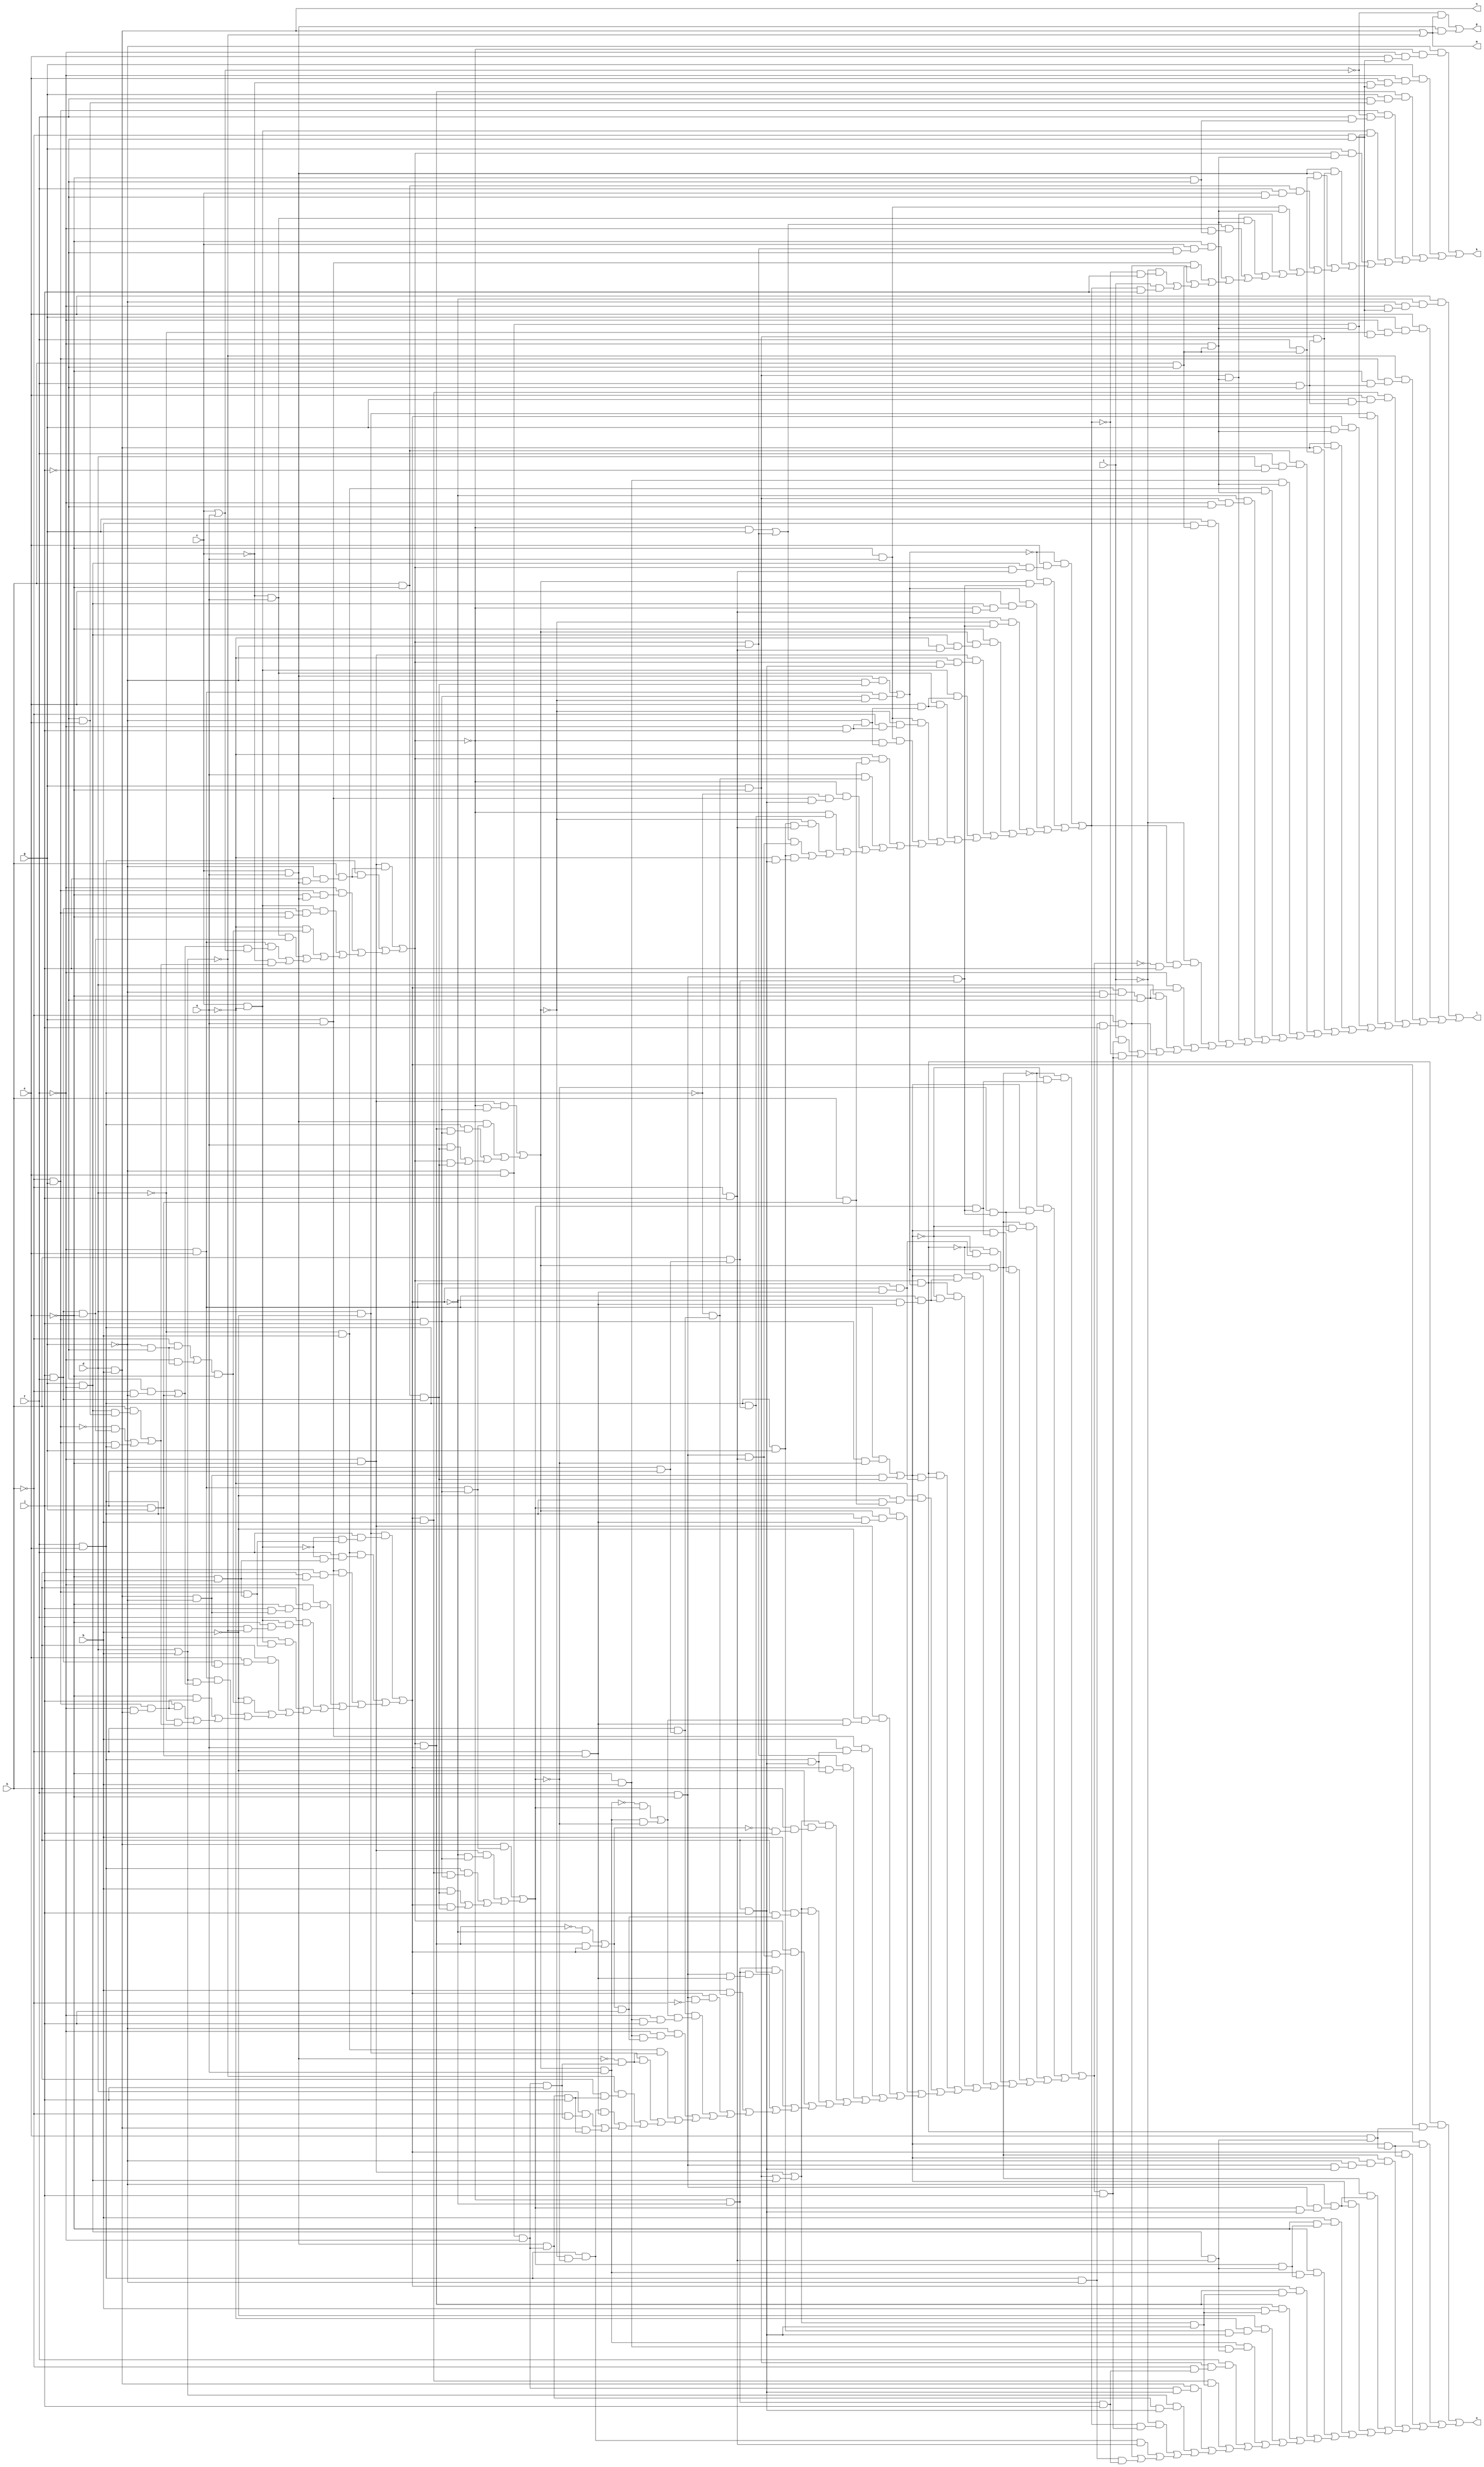
// IWLS benchmark module "alu4_cl" printed on Wed May 29 16:25:59 2002
module alu4_cl(a, b, c, d, e, f, g, h, i, j, k, l, m, n, o, p);
input
  a,
  b,
  c,
  d,
  e,
  f,
  g,
  h,
  i,
  j;
output
  k,
  l,
  m,
  n,
  o,
  p;
wire
  g0,
  g1,
  h0,
  h1,
  i0,
  i1,
  j0,
  j1,
  k0,
  k1,
  l0,
  l1,
  m0,
  m1,
  n0,
  n1,
  o0,
  o1,
  p0,
  p1,
  \[0] ,
  q0,
  q1,
  \[1] ,
  r0,
  r1,
  \[2] ,
  s0,
  s1,
  \[3] ,
  t0,
  t1,
  \[4] ,
  u0,
  u1,
  \[5] ,
  v0,
  v1,
  w0,
  w1,
  x0,
  x1,
  y0,
  y1,
  z0,
  z1,
  a1,
  a2,
  b1,
  b2,
  c0,
  c1,
  c2,
  d0,
  d1,
  e0,
  e1,
  f0,
  f1;
assign
  g0 = g & ~f,
  g1 = (~l0 & k0) | (l0 & ~k0),
  h0 = g & ~e,
  h1 = f & e,
  i0 = h1 & (~k1 & ~k0),
  i1 = ~f & ~e,
  j0 = ~e & b,
  j1 = ~f & e,
  k0 = (\[3]  & (j1 & w1)) | ((i1 & (~w0 & w1)) | ((h1 & (u0 & w1)) | ((b & u1) | (w0 & u1)))),
  k1 = (i1 & (~l1 & w1)) | ((f1 & (j1 & w1)) | ((h1 & (v0 & w1)) | ((a & u1) | (l1 & u1)))),
  l0 = k1 & a,
  l1 = (i1 & (h & (~g & (j & f1)))) | ((h1 & (h & (~g & (j & f1)))) | ((~f & (c1 & (~e & f1))) | ((p1 & (a2 & (c1 & ~e))) | ((~a & (b2 & ~e)) | ((q1 & (a2 & ~e)) | ((j1 & (y1 & s1)) | (~c & z1))))))),
  k = \[0] ,
  l = \[1] ,
  m0 = f1 & r0,
  m = \[2] ,
  m1 = l1 & ~g,
  n = \[3] ,
  o = \[4] ,
  p = \[5] ,
  n0 = f & ~e,
  n1 = g & a,
  o0 = i1 | (h0 | g0),
  o1 = (~l1 & g) | m1,
  p0 = d | b,
  p1 = c & ~a,
  \[0]  = (~g & (~l1 & (~f & (e & (~h & ~j))))) | ((g & (~f & (e & (~c & (~h & ~j))))) | ((v0 & (g & (f & (e & ~j)))) | ((c1 & (~s1 & (f & (~e & ~j)))) | ((p1 & (z0 & (~f & (h & ~j)))) | ((g & (l1 & (~f & (h & ~j)))) | ((f1 & (h0 & (f & ~j))) | ((f1 & (f & (h & ~j))) | ((d1 & (f & (c & ~j))) | ((r1 & (~f & (h & ~j))) | ((h0 & (~f & (h & ~j))) | ((q1 & (~f & (h & ~j))) | ((o1 & (~f & (~e & ~j))) | ((~e & (c & (m1 & ~j))) | ((n1 & (h & ~j)) | ((~h & (d0 & j)) | ((~i & (~f0 & j)) | (i & (f0 & j)))))))))))))))))),
  q0 = h1 & g,
  q1 = ~c & a,
  \[1]  = (e & (~w0 & (~g & (~f & (~h & ~j))))) | ((e & (g & (~f & (~d & (~h & ~j))))) | ((~p0 & (c1 & (~e & (f & ~j)))) | ((u0 & (e & (g & (f & ~j)))) | ((b1 & (z0 & (~f & (h & ~j)))) | ((w0 & (g & (~f & (h & ~j)))) | ((\[3]  & (h0 & (f & ~j))) | ((\[3]  & (f & (h & ~j))) | ((d1 & (f & (d & ~j))) | ((j0 & (~f & (h & ~j))) | ((a1 & (~f & (h & ~j))) | ((~w0 & (h0 & (~f & ~j))) | ((h0 & (~f & (h & ~j))) | ((g & (b & (h & ~j))) | ((~i & (f0 & (~e0 & j))) | ((~f & (y0 & ~j)) | ((d & (y0 & ~j)) | ((~h & (d0 & j)) | ((i & (e0 & j)) | (~f0 & (e0 & j)))))))))))))))))))),
  r0 = z0 & ~f,
  r1 = ~e & a,
  \[2]  = \[3]  | ~p0,
  s0 = (j1 & (w1 & ~k0)) | (v1 & u1),
  s1 = c | a,
  \[3]  = d & b,
  t0 = k1 & t1,
  t1 = (f1 & (~g & u1)) | (j1 & (w1 & ~k1)),
  \[4]  = (x0 & (w0 & (e & (g0 & (~h & j))))) | ((x0 & (s0 & (e & (g0 & (~h & j))))) | ((w0 & (s0 & (e & (g0 & (~h & j))))) | ((t0 & (s0 & (~g & (n0 & (h & j))))) | ((t0 & (~g & (n0 & (k0 & (h & j))))) | ((s0 & (~g & (n0 & (k0 & (h & j))))) | ((b & (~e & (k0 & (g0 & (~h & j))))) | ((~e & (l0 & (k0 & (g0 & (~h & j))))) | ((w0 & (v0 & (o0 & (h & j)))) | ((v0 & (b & (o0 & (h & j)))) | ((~b & (~a & (q0 & (h & j)))) | ((l0 & (j0 & (g0 & (~h & j)))) | ((f & (h0 & (~h & (c0 & j)))) | ((u0 & (o0 & (h & j))) | ((\[3]  & (r0 & (h & j))) | ((p0 & (m0 & (h & j))) | ((~i & (f0 & (e0 & j))) | ((i0 & (~h & j)) | ((~h & (d0 & j)) | (d0 & (c0 & j)))))))))))))))))))),
  u0 = w0 & b,
  u1 = d1 & a2,
  \[5]  = (~s1 & \[2] ) | (f1 & \[2] ),
  v0 = l1 & a,
  v1 = \[3]  & ~g,
  w0 = (b1 & (f & (~p1 & (c2 & (~e & j))))) | ((a1 & (f & (~p1 & (~e & j)))) | ((n1 & (~f & (h & (~e & j)))) | ((~f & (h & (~e & (j & v1)))) | ((f & (p1 & (~e & (j & ~p0)))) | ((\[3]  & (p1 & (c2 & (~e & j)))) | ((h & (e & (a2 & v1))) | ((~b & (b2 & ~e)) | ((j1 & (p0 & y1)) | ((~e & x1) | ((j & x1) | (~d & z1))))))))))),
  w1 = c1 & j,
  x0 = l1 & t1,
  x1 = c2 & (~f & \[3] ),
  y0 = w0 & (~g & ~e),
  y1 = (~j & (~h & ~g)) | (j & g),
  z0 = ~g & e,
  z1 = (h & (g0 & (~j & e))) | ((~c1 & (a2 & ~e)) | (c1 & h1)),
  a1 = ~d & b,
  a2 = j & f,
  b1 = d & ~b,
  b2 = (~h & (~g & ~j)) | (~f & (~g & ~j)),
  c0 = ~l1 & ~w0,
  c1 = ~h & g,
  c2 = ~h & g,
  d0 = h1 & ~g,
  d1 = h & ~e,
  e0 = (~t0 & (~s0 & (k0 & (n0 & (h & (~g & j)))))) | ((~t0 & (s0 & (~k0 & (n0 & (h & (~g & j)))))) | ((t0 & (~s0 & (~k0 & (n0 & (h & (~g & j)))))) | ((t0 & (s0 & (k0 & (n0 & (h & (~g & j)))))) | ((~x0 & (~s0 & (j1 & (w0 & (~h & (g & j)))))) | ((~x0 & (s0 & (j1 & (~w0 & (~h & (g & j)))))) | ((x0 & (~s0 & (j1 & (~w0 & (~h & (g & j)))))) | ((x0 & (s0 & (j1 & (w0 & (~h & (g & j)))))) | ((~a & (~b & (h1 & (h & (g & j))))) | ((k0 & (k1 & (h1 & (~h & (g & j))))) | ((i1 & (~b & (g1 & (~h & (g & j))))) | ((n1 & (b & (h1 & (h & j)))) | ((m1 & (w0 & (h1 & (h & j)))) | ((o0 & (~b & (h & (~e1 & j)))) | ((o0 & (b & (h & (e1 & j)))) | ((l1 & (w0 & (n0 & (~h & j)))) | ((c0 & (h1 & (h & (~g & j)))) | ((c0 & (n0 & (~h & (g & j)))) | ((b & (~h1 & (~h & (~g & j)))) | ((w0 & (n0 & (~h & (~g & j)))) | ((~g1 & (~h & (~f & (j0 & j)))) | ((~g & (~f & (j0 & (e1 & j)))) | ((a1 & (~f1 & (r0 & j))) | ((b1 & (~f1 & (r0 & j))) | ((~p0 & (h & (m0 & j))) | ((i0 & (~h & (g & j))) | ((d & (~h & (r0 & j))) | (\[3]  & (m0 & j)))))))))))))))))))))))))))),
  e1 = (~v0 & ~w0) | (v0 & w0),
  f0 = (~t1 & (e & (g0 & (l1 & (~h & j))))) | ((~t1 & (k1 & (n0 & (h & (~g & j))))) | ((t1 & (e & (g0 & (~l1 & (~h & j))))) | ((t1 & (~k1 & (n0 & (h & (~g & j))))) | ((~e & (k1 & (g0 & (~a & (~h & j))))) | ((i1 & (~a & (l1 & (h & j)))) | ((p1 & (e & (~g & (~f & j)))) | ((q1 & (e & (~g & (~f & j)))) | ((r1 & (~k1 & (~h & (~f & j)))) | ((r1 & (~l1 & (~g & (~f & j)))) | ((~a & (l1 & (h & (g & j)))) | ((a & (~h1 & (~h & (~g & j)))) | ((~l1 & (~h1 & (n1 & (h & j)))) | ((~l1 & (h1 & (h & (~g & j)))) | ((~k1 & (q0 & (~h & j))) | ((o1 & (n0 & (~h & j))) | (q0 & (~a & (h & j)))))))))))))))))),
  f1 = c & a;
endmodule